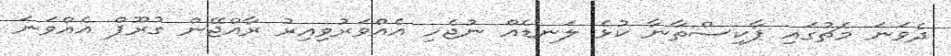
ދެވަނަ މެޗުގައި ޕާކިސްތާނާ ކުޅެ ލަނޑެއް ނުޖެހި އެއްވަރުވިއިރު ރާއްޖޭން ގުރޫޕް އެއްވަނަ